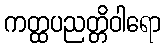
ကတ္ထပညတ္တိဝါရော